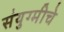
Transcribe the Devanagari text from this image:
संयुग्मीचे